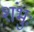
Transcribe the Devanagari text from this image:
शंभुः